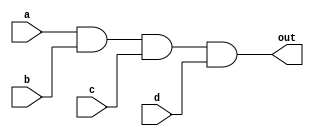
`timescale 1 ns / 1 ns

module and4(a, b, c, d, out);

input a, b, c, d;
output out;

assign #10 out = a & b & c & d;
endmodule